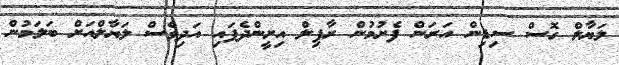
ލަޔާލް ގޮސް ސިޑިން އަރަން ފެށުމުން ރާފިލް އިށީންދެފައި އަދިވެސް ލަޔާލްއަށް ބަލަމުން